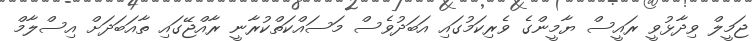
ޖަމީލް ވިދާޅުވީ ރައީސް ޔާމީންގެ ވެރިކަމުގައި އަބަދުވެސް މަސައްކަތްކުރާނީ ރާއްޖޭގައި ތާއަބަދަށް އިސްލާމް